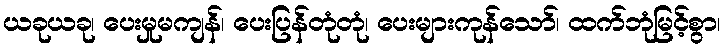
ယခုယခု၊ ပေးမှုမကျန်၊ ပေးပြန်တုံတုံ၊ ပေးများကုန်သော်၊ ထက်ဘုံမြင့်စွာ၊